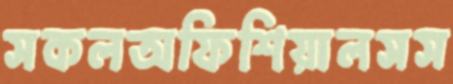
সকলঅফিশিয়ালসস